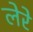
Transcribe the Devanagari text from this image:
लेरे